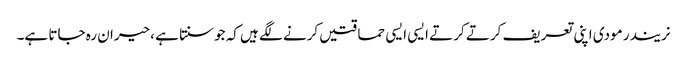
نریندر مودی اپنی تعریف کرتے کرتے ایسی ایسی حماقتیں کرنے لگے ہیں کہ جوسنتا ہے ،حیران رہ جاتا ہے۔